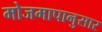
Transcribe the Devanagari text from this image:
मोजमापानुसार